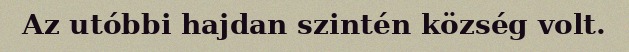
Az utóbbi hajdan szintén község volt.